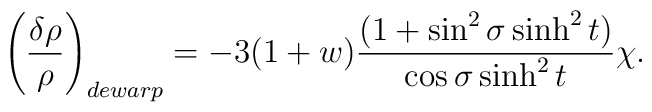
\left(\frac{\delta \rho }{\rho }\right) _{dewarp}=-3(1+w)\frac{(1+\sin ^2\sigma \sinh ^2t)}{\cos \sigma \sinh ^2t}\chi .